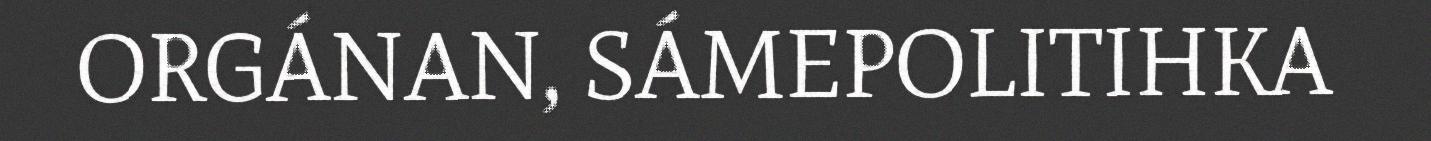
ORGÁNAN, SÁMEPOLITIHKA